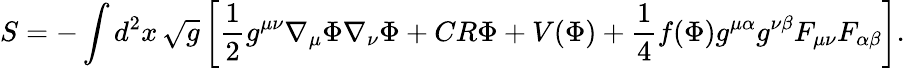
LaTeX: S=-\int d^{2}x\, \sqrt{g}\left[{\frac{1}{2}}g^{\mu\nu}\nabla_{\mu}\Phi\nabla_{\nu}\Phi+CR\Phi+V(\Phi)+{\frac{1}{4}}f(\Phi)g^{\mu\alpha}g^{\nu\beta}F_{\mu\nu}F_{\alpha\beta}\right].